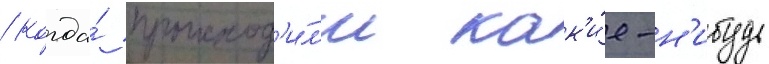
/ когда́ происход'и́л'и как'и́е-н'ибудь